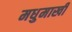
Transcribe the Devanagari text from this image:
मधुमाखी